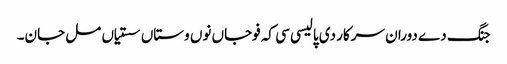
جنگ دے دوران سرکار دی پالیسی سی کہ فوجاں نوں وستاں سستیاں مل جان۔